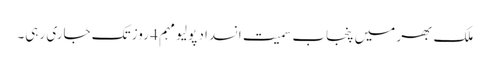
ملک بھر میں پنجاب سمیت انسداد پولیو مہم 4 روز تک جاری رہی۔